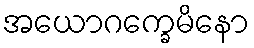
အယောဂက္ခေမိနော